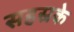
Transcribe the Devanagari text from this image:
सहस्रके